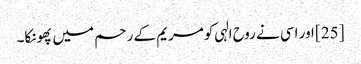
[25] اور اسی نے روح الہی کو مریم کے رحم میں پھونکا۔